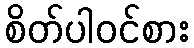
စိတ်ပါဝင်စား